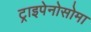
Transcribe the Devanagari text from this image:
ट्राइपेनोसोमा